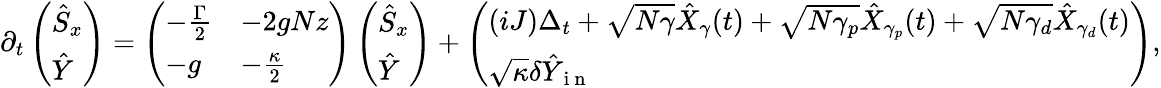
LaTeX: \partial_{t}\left(\begin{array}{l}{\hat{S}_{x}}\\ {\hat{Y}}\end{array}\right)=\left(\begin{array}{ll}{-\frac{\Gamma}{2}}&{-2gNz}\\ {-g}&{-\frac{\kappa}{2}}\end{array}\right)\left(\begin{array}{l}{\hat{S}_{x}}\\ {\hat{Y}}\end{array}\right)+\left(\begin{array}{l}{(iJ)\Delta_{t}+\sqrt{N\gamma}\hat{X}_{\gamma}(t)+\sqrt{N\gamma_{p}}\hat{X}_{\gamma_{p}}(t)+\sqrt{N\gamma_{d}}\hat{X}_{\gamma_{d}}(t)}\\ {\sqrt{\kappa}\delta\hat{Y}_{\mathrm{~i~n~}}}\end{array}\right),